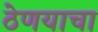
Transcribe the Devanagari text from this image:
ठेणयाचा